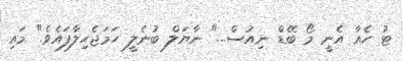
ޓު ހެއާ އެނީ މޯ ބޭޑް ނިއުސް..." ނާޔަލް ބުނެލީ ހަމަޖެހިލާފައެވެ." މައި